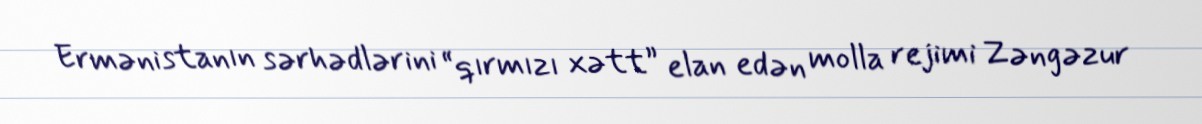
Ermənistanın sərhədlərini “qırmızı xətt” elan edən molla rejimi Zəngəzur